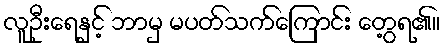
လူဦးရေနှင့် ဘာမှ မပတ်သက်ကြောင်း တွေ့ရ၏။